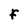
Character: F